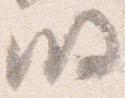
明